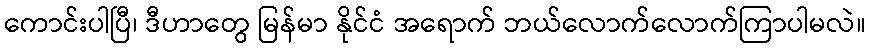
ကောင်းပါပြီ၊ ဒီဟာတွေ မြန်မာ နိုင်ငံ အရောက် ဘယ်လောက်လောက်ကြာပါမလဲ။